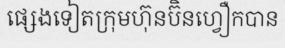
ផ្សេងទៀតក្រុមហ៊ុនប៊ិនហ្វឿកបាន